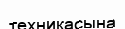
техникасына